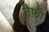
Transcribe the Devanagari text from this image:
तैफ़ा